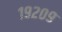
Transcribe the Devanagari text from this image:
१९२०९